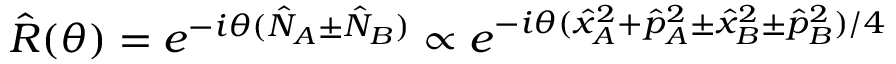
\hat { R } ( \theta ) = e ^ { - i \theta ( \hat { N } _ { A } \pm \hat { N } _ { B } ) } \propto e ^ { - i \theta ( \hat { x } _ { A } ^ { 2 } + \hat { p } _ { A } ^ { 2 } \pm \hat { x } _ { B } ^ { 2 } \pm \hat { p } _ { B } ^ { 2 } ) / 4 }